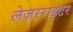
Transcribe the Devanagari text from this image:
लेज़रराइटर